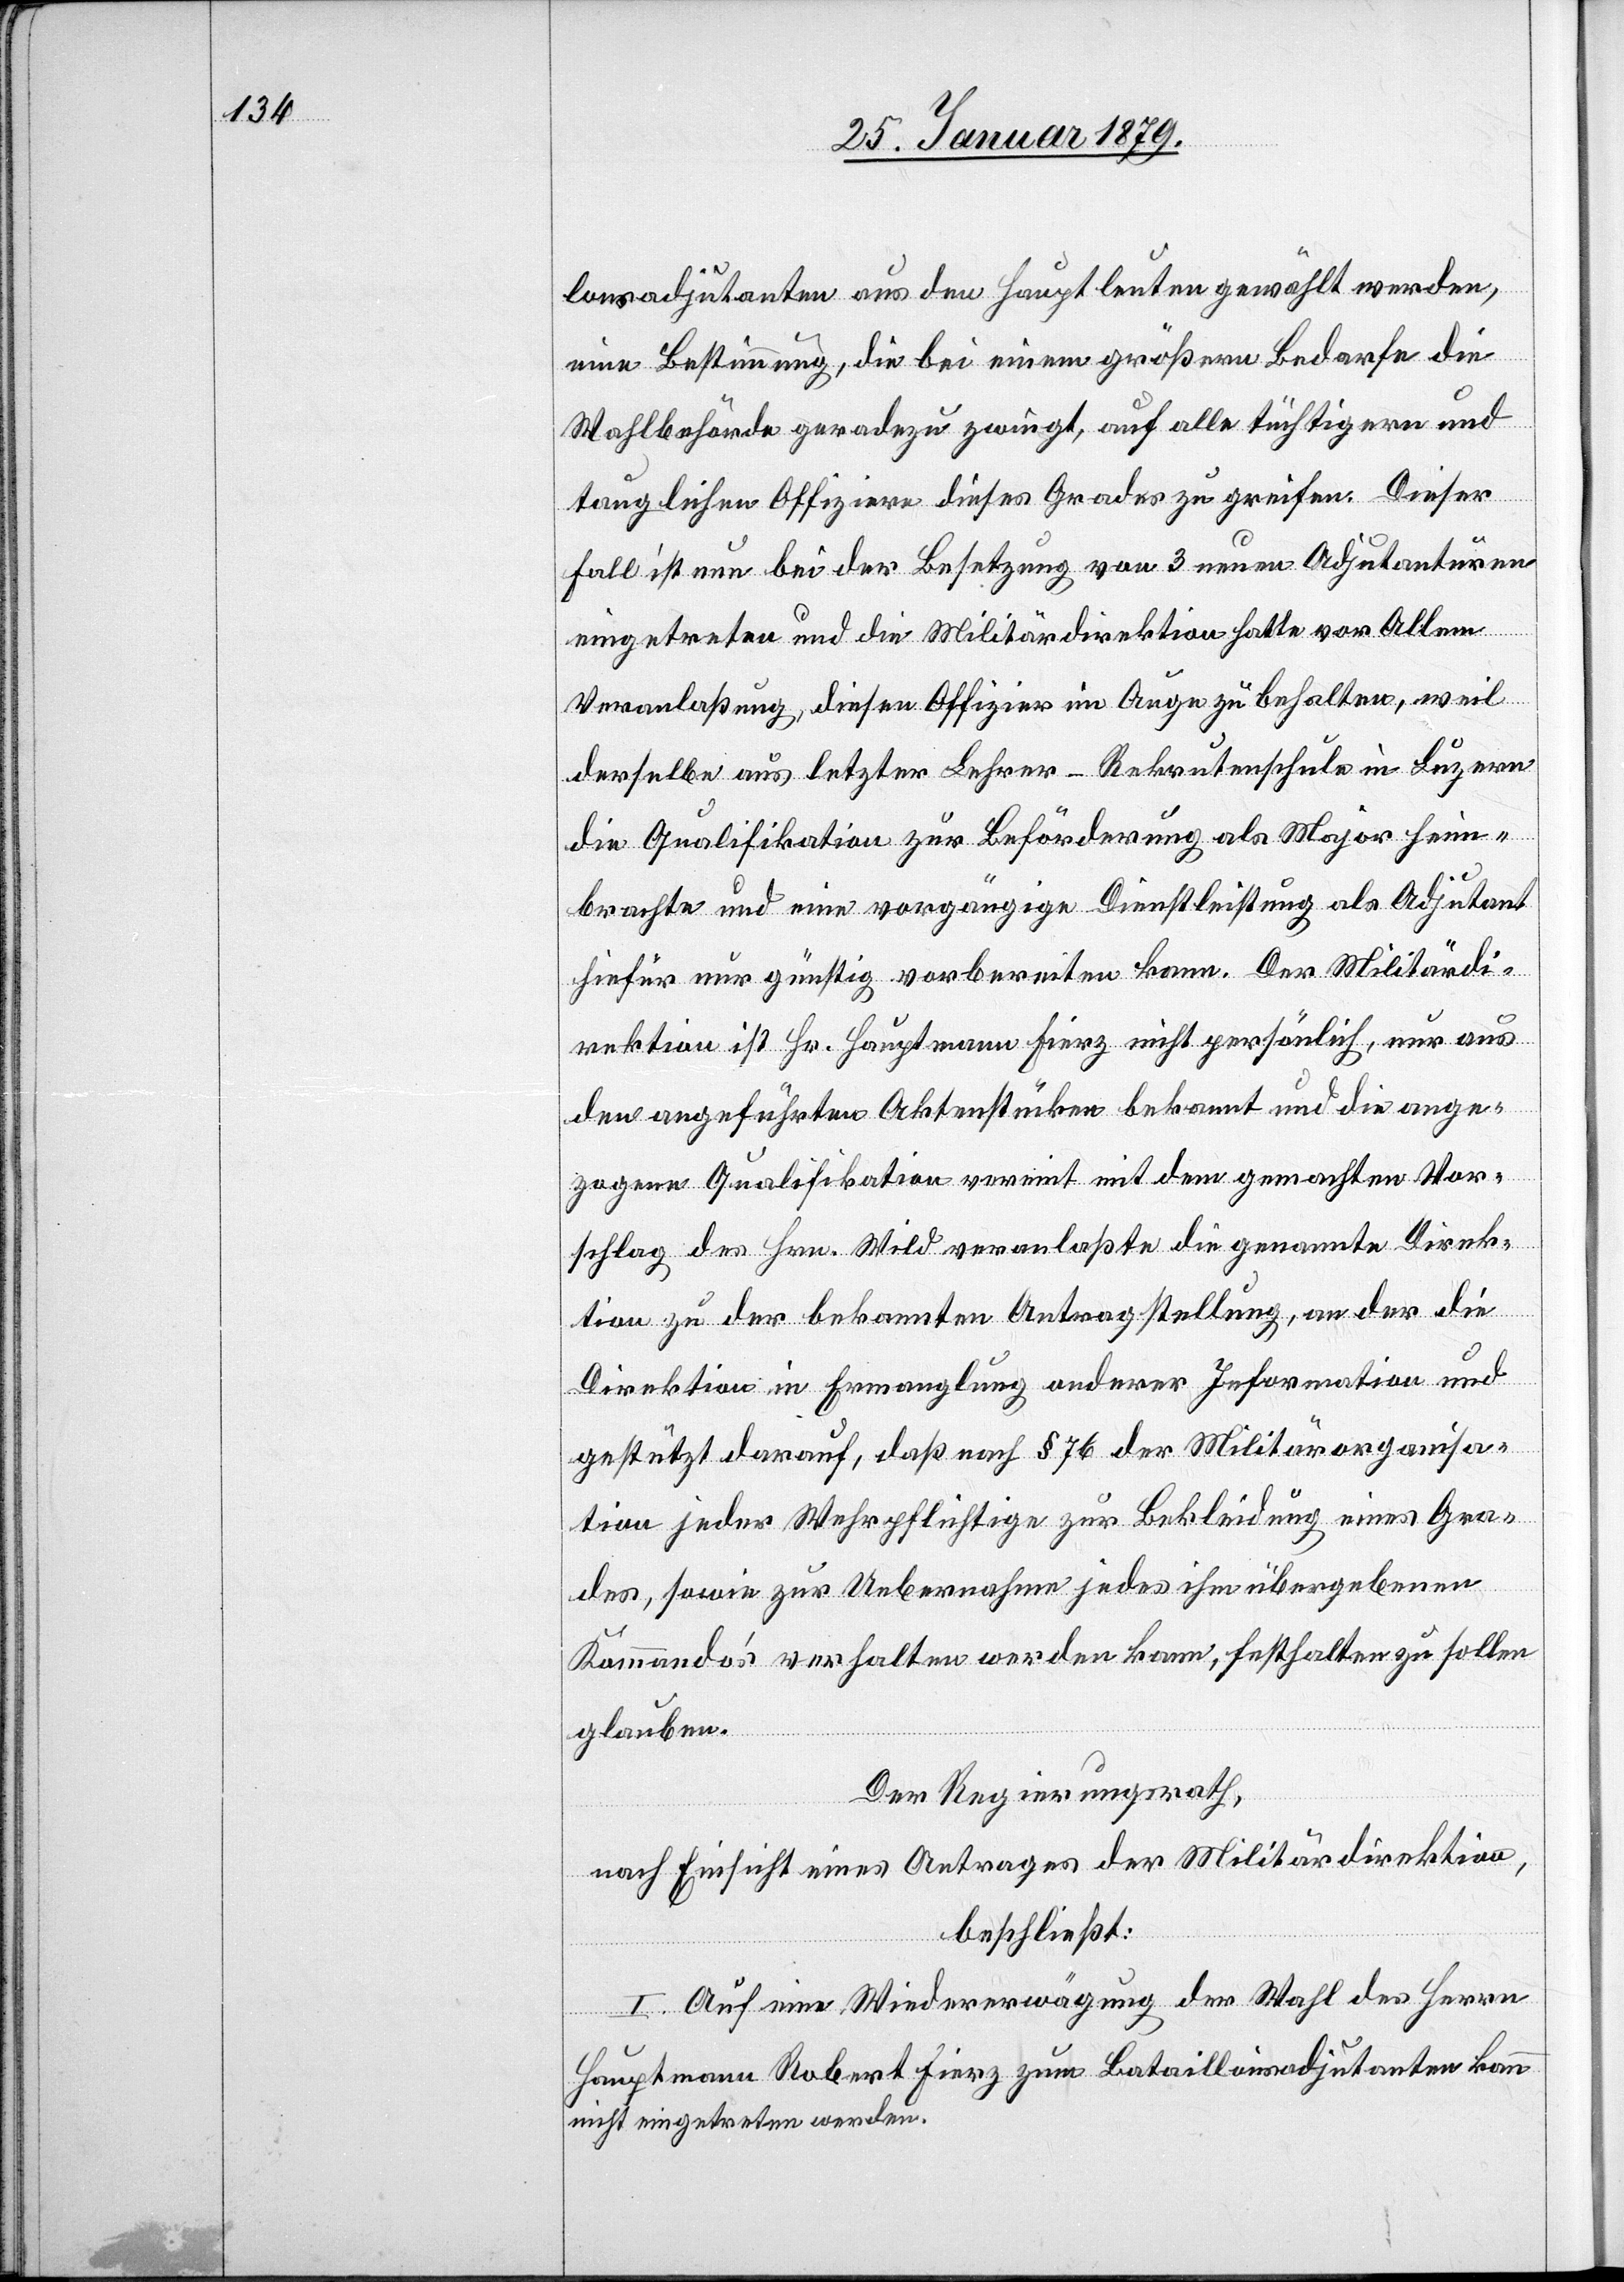
lonsadjutanten aus den Hauptleuten gewählt werden,
eine Bestimmung, die bei einem größern Bedarfe die
Wahlbehörde geradezu zwingt, auf alle tüchtigern und
tauglichen Offiziere dieses Grades zu greifen. Dieser
Fall ist nun bei der Besetzung von 3 neuen Adjutanturen
eingetreten und die Militärdirektion hatte vor Allem
Veranlaßung, diesen Offizier im Auge zu behalten, weil
derselbe aus letzter Lehrer-Rekrutenschule in Luzern
die Qualifikation zur Beförderung als Major heim¬
brachte und eine vorgängige Dienstleistung als Adjutant
hiefür nur günstig vorbereiten kann. Der Militärdi¬
rektion ist Hr. Hauptmann Fierz nicht persönlich, nur aus
den angeführten Aktenstücken bekannt und die ange¬
zogene Qualifikation vereint mit dem gemachten Vor¬
schlag des Hrn. Wild veranlaßte die genannte Direk¬
tion zu der bekannten Antragstellung, an der die
Direktion in Ermanglung anderer Information und
gestützt darauf, daß nach § 76 der Militärorganisa¬
tion jeder Wehrpflichtige zur Bekleidung eines Gra¬
des, sowie zur Uebernahme jedes ihm übergebenen
Kommando’s verhalten werden kann, festhalten zu sollen
glauben
Der Regierungsrath,
nach Einsicht eines Antrages der Militärdirektion,
beschließt:
I. Auf eine Wiedererwägung der Wahl des Herrn
Hauptmann Robert Fierz zum Bataillonsadjutanten kann
nicht eingetreten werden.